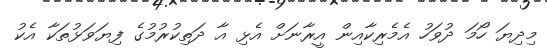
މިދިޔަ ހޯމަ ދުވަހު އެެމެރިކާއިން އީރާނަށް އެޅި އާ ދަތިކުރުމުގެ ފިޔަވަޅުތަކާ އެކު